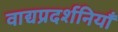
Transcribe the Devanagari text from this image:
वाद्यप्रदर्शनियाँ